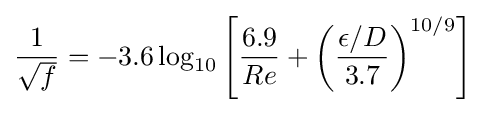
{\frac {1}{\sqrt {f}}}=-3.6\log _{10}\left[{\frac {6.9}{Re}}+\left({\frac {\epsilon /D}{3.7}}\right)^{10/9}\right]